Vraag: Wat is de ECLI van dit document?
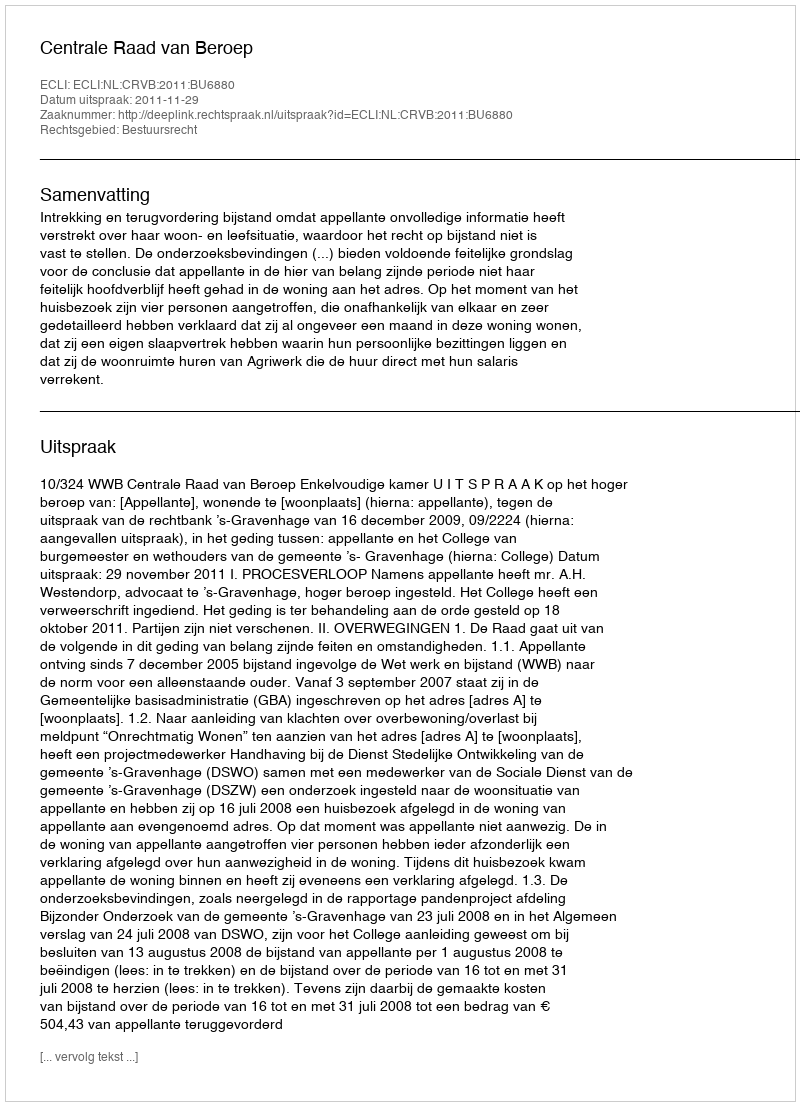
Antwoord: ECLI:NL:CRVB:2011:BU6880